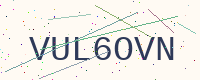
Text: VUL6OVN